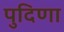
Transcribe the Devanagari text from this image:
पुदिणा